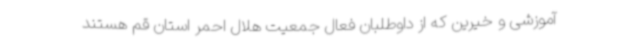
آموزشی و خیرین که از داوطلبان فعال جمعیت هلال احمر استان قم هستند